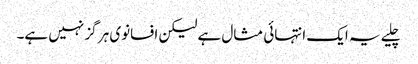
چلیے یہ ایک انتہائی مثال ہے لیکن افسانوی ہر گز نہیں ہے۔